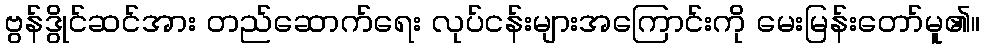
ဗွန်ဒွိုင်ဆင်အား တည်ဆောက်ရေး လုပ်ငန်းများအကြောင်းကို မေးမြန်းတော်မူ၏။